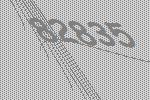
82835